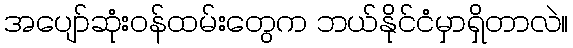
အပျော်ဆုံးဝန်ထမ်းတွေက ဘယ်နိုင်ငံမှာရှိတာလဲ။